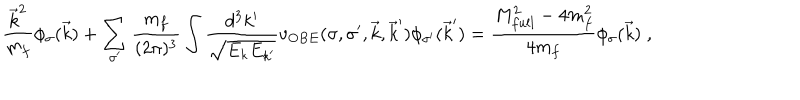
\frac { \vec { k } ^ { 2 } } { m _ { f } } \phi _ { \sigma } ( \vec { k } ) + \sum _ { \sigma ^ { \prime } } \frac { m _ { f } } { ( 2 \pi ) ^ { 3 } } \int \frac { d ^ { 3 } k ^ { \prime } } { \sqrt { E _ { k } E _ { k ^ { \prime } } } } v _ { O B E } ( \sigma , \sigma ^ { \prime } , \vec { k } , \vec { k } ^ { \prime } ) \phi _ { \sigma ^ { \prime } } ( \vec { k } ^ { \prime } ) = \frac { M _ { f u l l } ^ { 2 } - 4 m _ { f } ^ { 2 } } { 4 m _ { f } } \phi _ { \sigma } ( \vec { k } ) \; ,